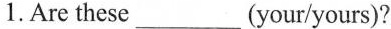
1. Are these ___ (your/yours)?